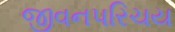
જીવનપરિચય